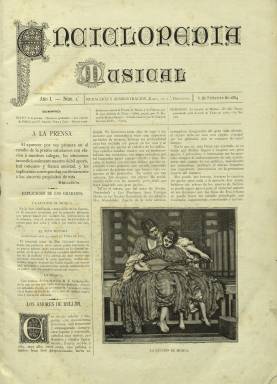
Título: Enciclopedia musical
Colección: Música || Cultura
Ámbito geográfico: Barcelona
Lugar de publicación: Barcelona
Fechas: 06/02/1884-31/12/1885

Revista ilustrada de música, bellas artes y teatros, que comienza a publicarse en Barcelona el seis de febrero de 1884, siendo estampada por el impresor Luis Tasso y Sierra en papel satinado, apareciendo el primero de cada mes. Su director es Antonio Rius y Juliá, propietario también del Centro Editorial Artístico-Literario, y su editor y redactor-jefe, José María Bru del Hierro. Dedicada principalmente al fomento de la música, publica artículos sobre este arte, así como bibliografía, biografías, noticias y una sección bajo el epígrafe Boletín musical de teatros y conciertos. También contará con una crónica enviada desde París por Oscar Comettant. Además publicará composiciones poéticas.

Cada entrega es de ocho páginas, compuestas a tres columnas, comenzando cada una de ellas con el sumario de sus textos y grabados. Inserta en cada número unas cuatro magníficas litografías, incluida la de la portada, ocupando una de ellas las dos planas centrales, comenzando por la del Niño Mozart presentado en la corte de Viena de 1762. Otros grabados reproducirán obras pictóricas o serán alegorías referentes a la música o los instrumentos musicales. También publicaba por cada entrega otras cuatro páginas de partituras musicales, que no forman parte de este título en la colección de la Biblioteca Nacional de España (BNE).

Entre sus redactores y colaboradores se encuentran, entre otros, Emilio Arrieta, Cosme J. de Benito, Eduardo Bertrán Rubio, José González Contreras, José Inzenga, Manuel de Mata y Maneja, Antonio Peña y Goñi, Baltasar Saldoni, José Antonio de Trías, Felipe Pedrell o José Zorrilla.

La última entrega de este título en la BNE es la 24, correspondiente al 31 de diciembre de 1885. Con paginación continuada, alcanza hasta la página 192. En ese número anuncia, entre varias ediciones literarias y musicales y láminas litografiadas como obsequio de sus suscriptores, que a partir del 15 de enero de 1886 su frecuencia será quincenal. Según Torres Mulas (1991), será también bilingüe, con textos en castellano y francés. Estará así publicándose hasta la entrega número 29, del 15 de marzo de 1886. También editó en 1885 y 1886 un Almanaque de la Enciclopedia musical.